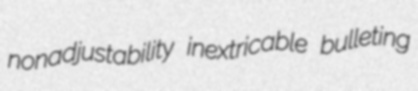
nonadjustability inextricable bulleting